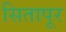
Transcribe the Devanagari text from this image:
सितापूर